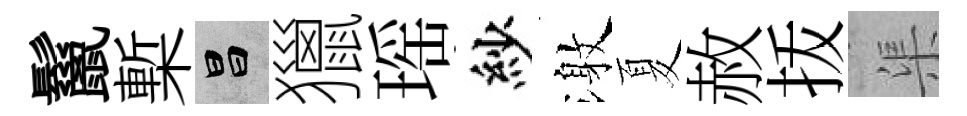
鬣槧昌獵瑶紗激夏赦㧞渠